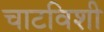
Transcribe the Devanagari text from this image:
चाटविशी